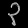
Digit: ၃